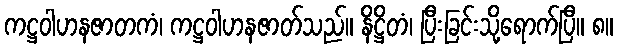
ကဋ္ဌဝါဟနဇာတကံ၊ ကဋ္ဌဝါဟနဇာတ်သည်။ နိဋ္ဌိတံ၊ ပြီးခြင်းသို့ရောက်ပြီ။ ၈။